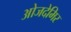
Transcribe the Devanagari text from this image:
ओजदेमिर